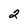
Character: 2